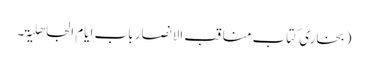
(بخاری کتاب مناقب الانصار باب ایام الجاھلیۃ۔